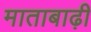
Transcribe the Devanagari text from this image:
माताबाढ़ी